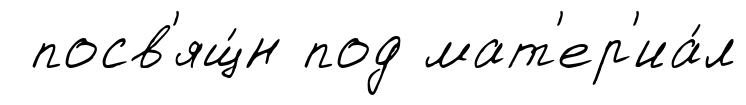
посв'ящ́н под мат'ер'иа́л